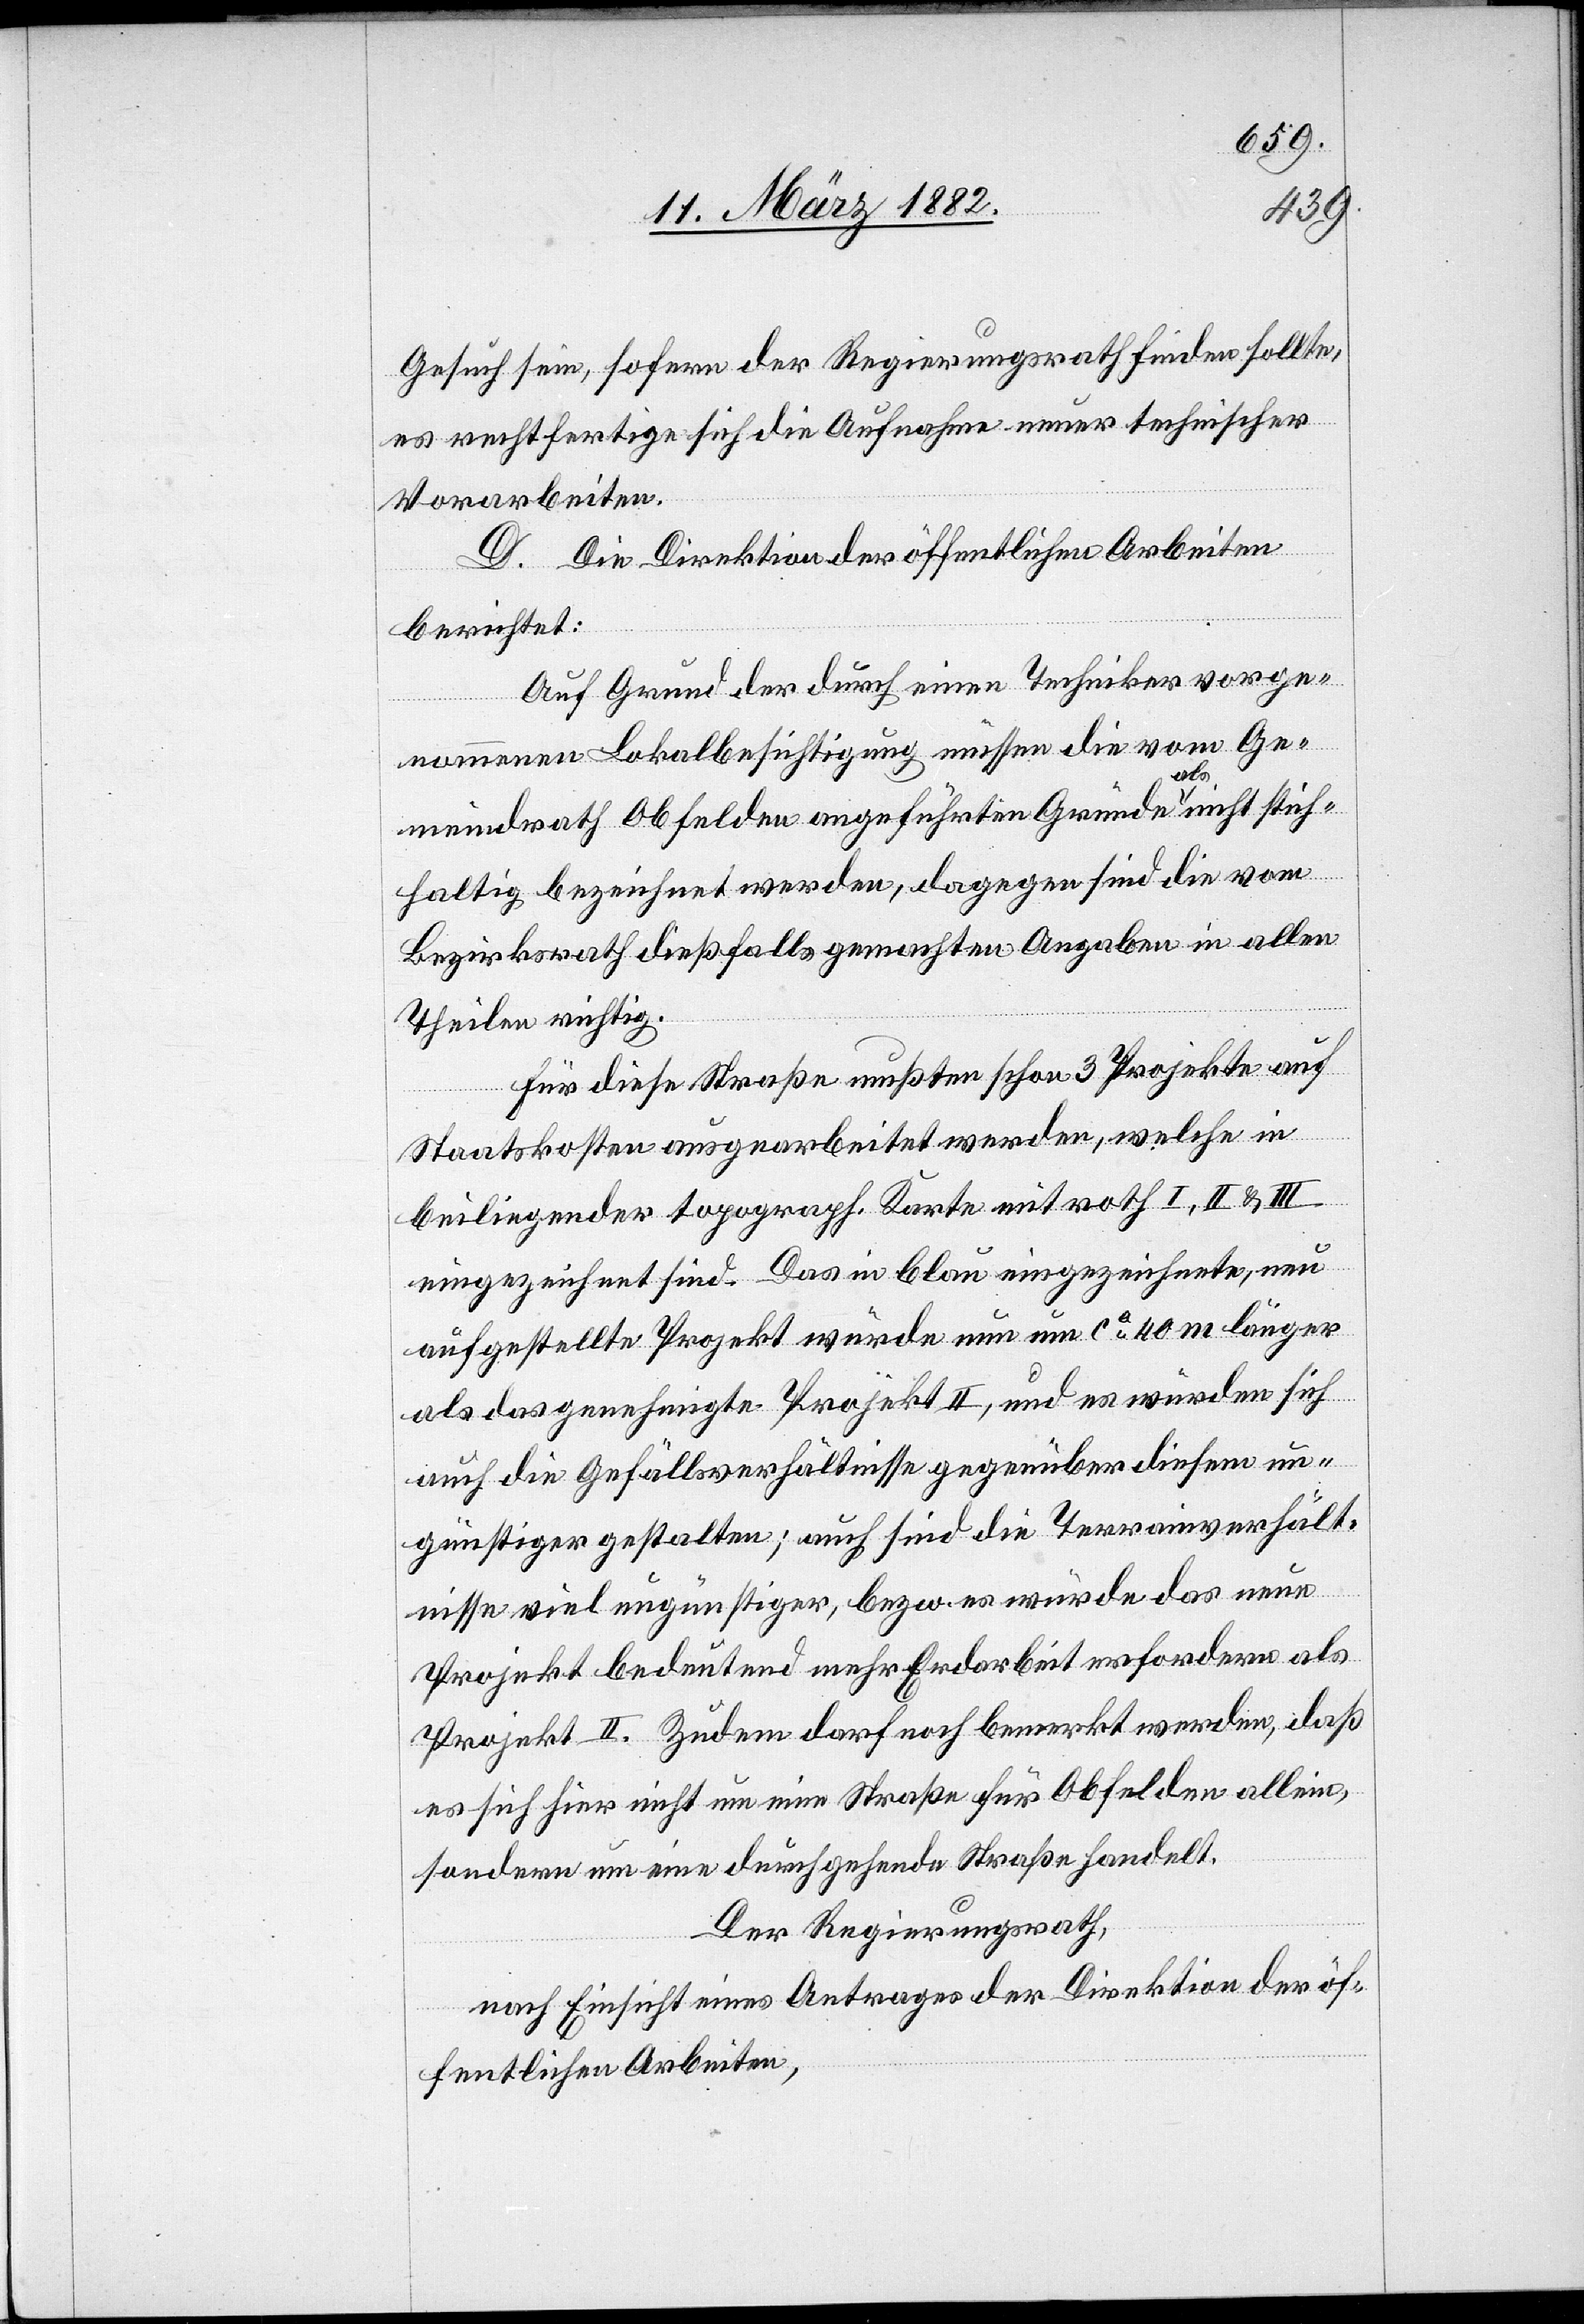
Gesuch sein, sofern der Regierungsrath finden sollte,
es rechtfertige sich die Aufnahme neuer technischer
Vorarbeiten.
D. Die Direktion der öffentlichen Arbeiten
berichtet:
Auf Grund der durch einen Techniker vorge¬
nommene Lokalbesichtigung müssen die vom Ge¬
meindrath Obfelden angeführten Gründe a-als-a nicht stich¬
haltig bezeichnet werden, dagegen sind die vom
Bezirksrath dießfalls gemachten Angaben in allen
Theilen richtig.
Für diese Straße mußten schon 3 Projekte auf
Staatskosten ausgearbeitet werden, welche in
beiliegender topograph. Karte mit roth I, II, III
eingezeichnet sind. Das in blau eingezeichnete, neu
aufgestellte Projekt würde nun um ca 40 m länger
als das genehmigte Projekt II, und es würden sich
auch die Gefällsverhältnisse gegenüber diesem un¬
günstiger gestalten; auch sind die Terrainverhält¬
nisse viel ungünstiger, bezw. es würde das neue
Projekt bedeutend mehr Erdarbeit erfordern als
Projekt II. Zudem darf noch bemerkt werden, daß
es sich hier nicht um eine Straße für Obfelden allein,
sondern um einen durchgehende Straße handelt.
Der Regierungsrath,
nach Einsicht eines Antrages der Direktion der öf¬
fentlichen Arbeiten,